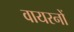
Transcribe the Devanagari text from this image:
वायरनों